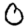
Digit: 0